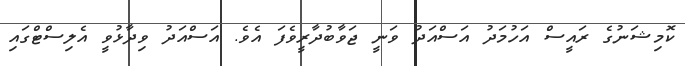
ކޮމިޝަނުގެ ރައީސް އަހުމަދު އަސްއަދު ވަނީ ޖަވާބުދާރީވެފަ އެވެ. އަސްއަދު ވިދާޅުވީ އެލިސްޓްގައި